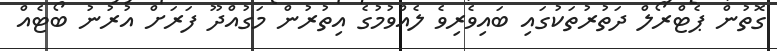
ގޮތުން ޕެޓްރޯލް ދަތުރުތަކުގައި ބައިވެރިވެ ލެއްވުމުގެ އިތުރުން މަގުއްދޫ ފަރަށް އުރުނު ބޯޓެއް